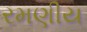
રમણીય